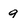
Character: 9